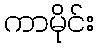
ကာမိုင်း